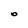
Character: O